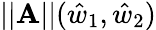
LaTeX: ||\mathbf{A}||(\hat{{w}}_{1},\hat{{w}}_{2})